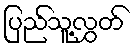
ပြည်သူ့လွှတ်